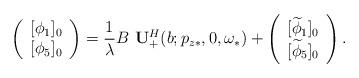
LaTeX: \begin{align*}\left(\begin{array}{c}{[\phi_1]_0}\\ {[\phi_5]_0} \end{array}\right) = \frac{1}{\lambda}B\,\,\mathbf{U}^H_+(b; p_{z*},0,\omega_*) + \left(\begin{array}{c} {[\widetilde{\phi}_1]_0}\\ {[\widetilde{\phi}_5]_0} \end{array}\right).\end{align*}